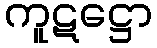
ကူဋဋ္ဌော